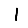
Digit: 1